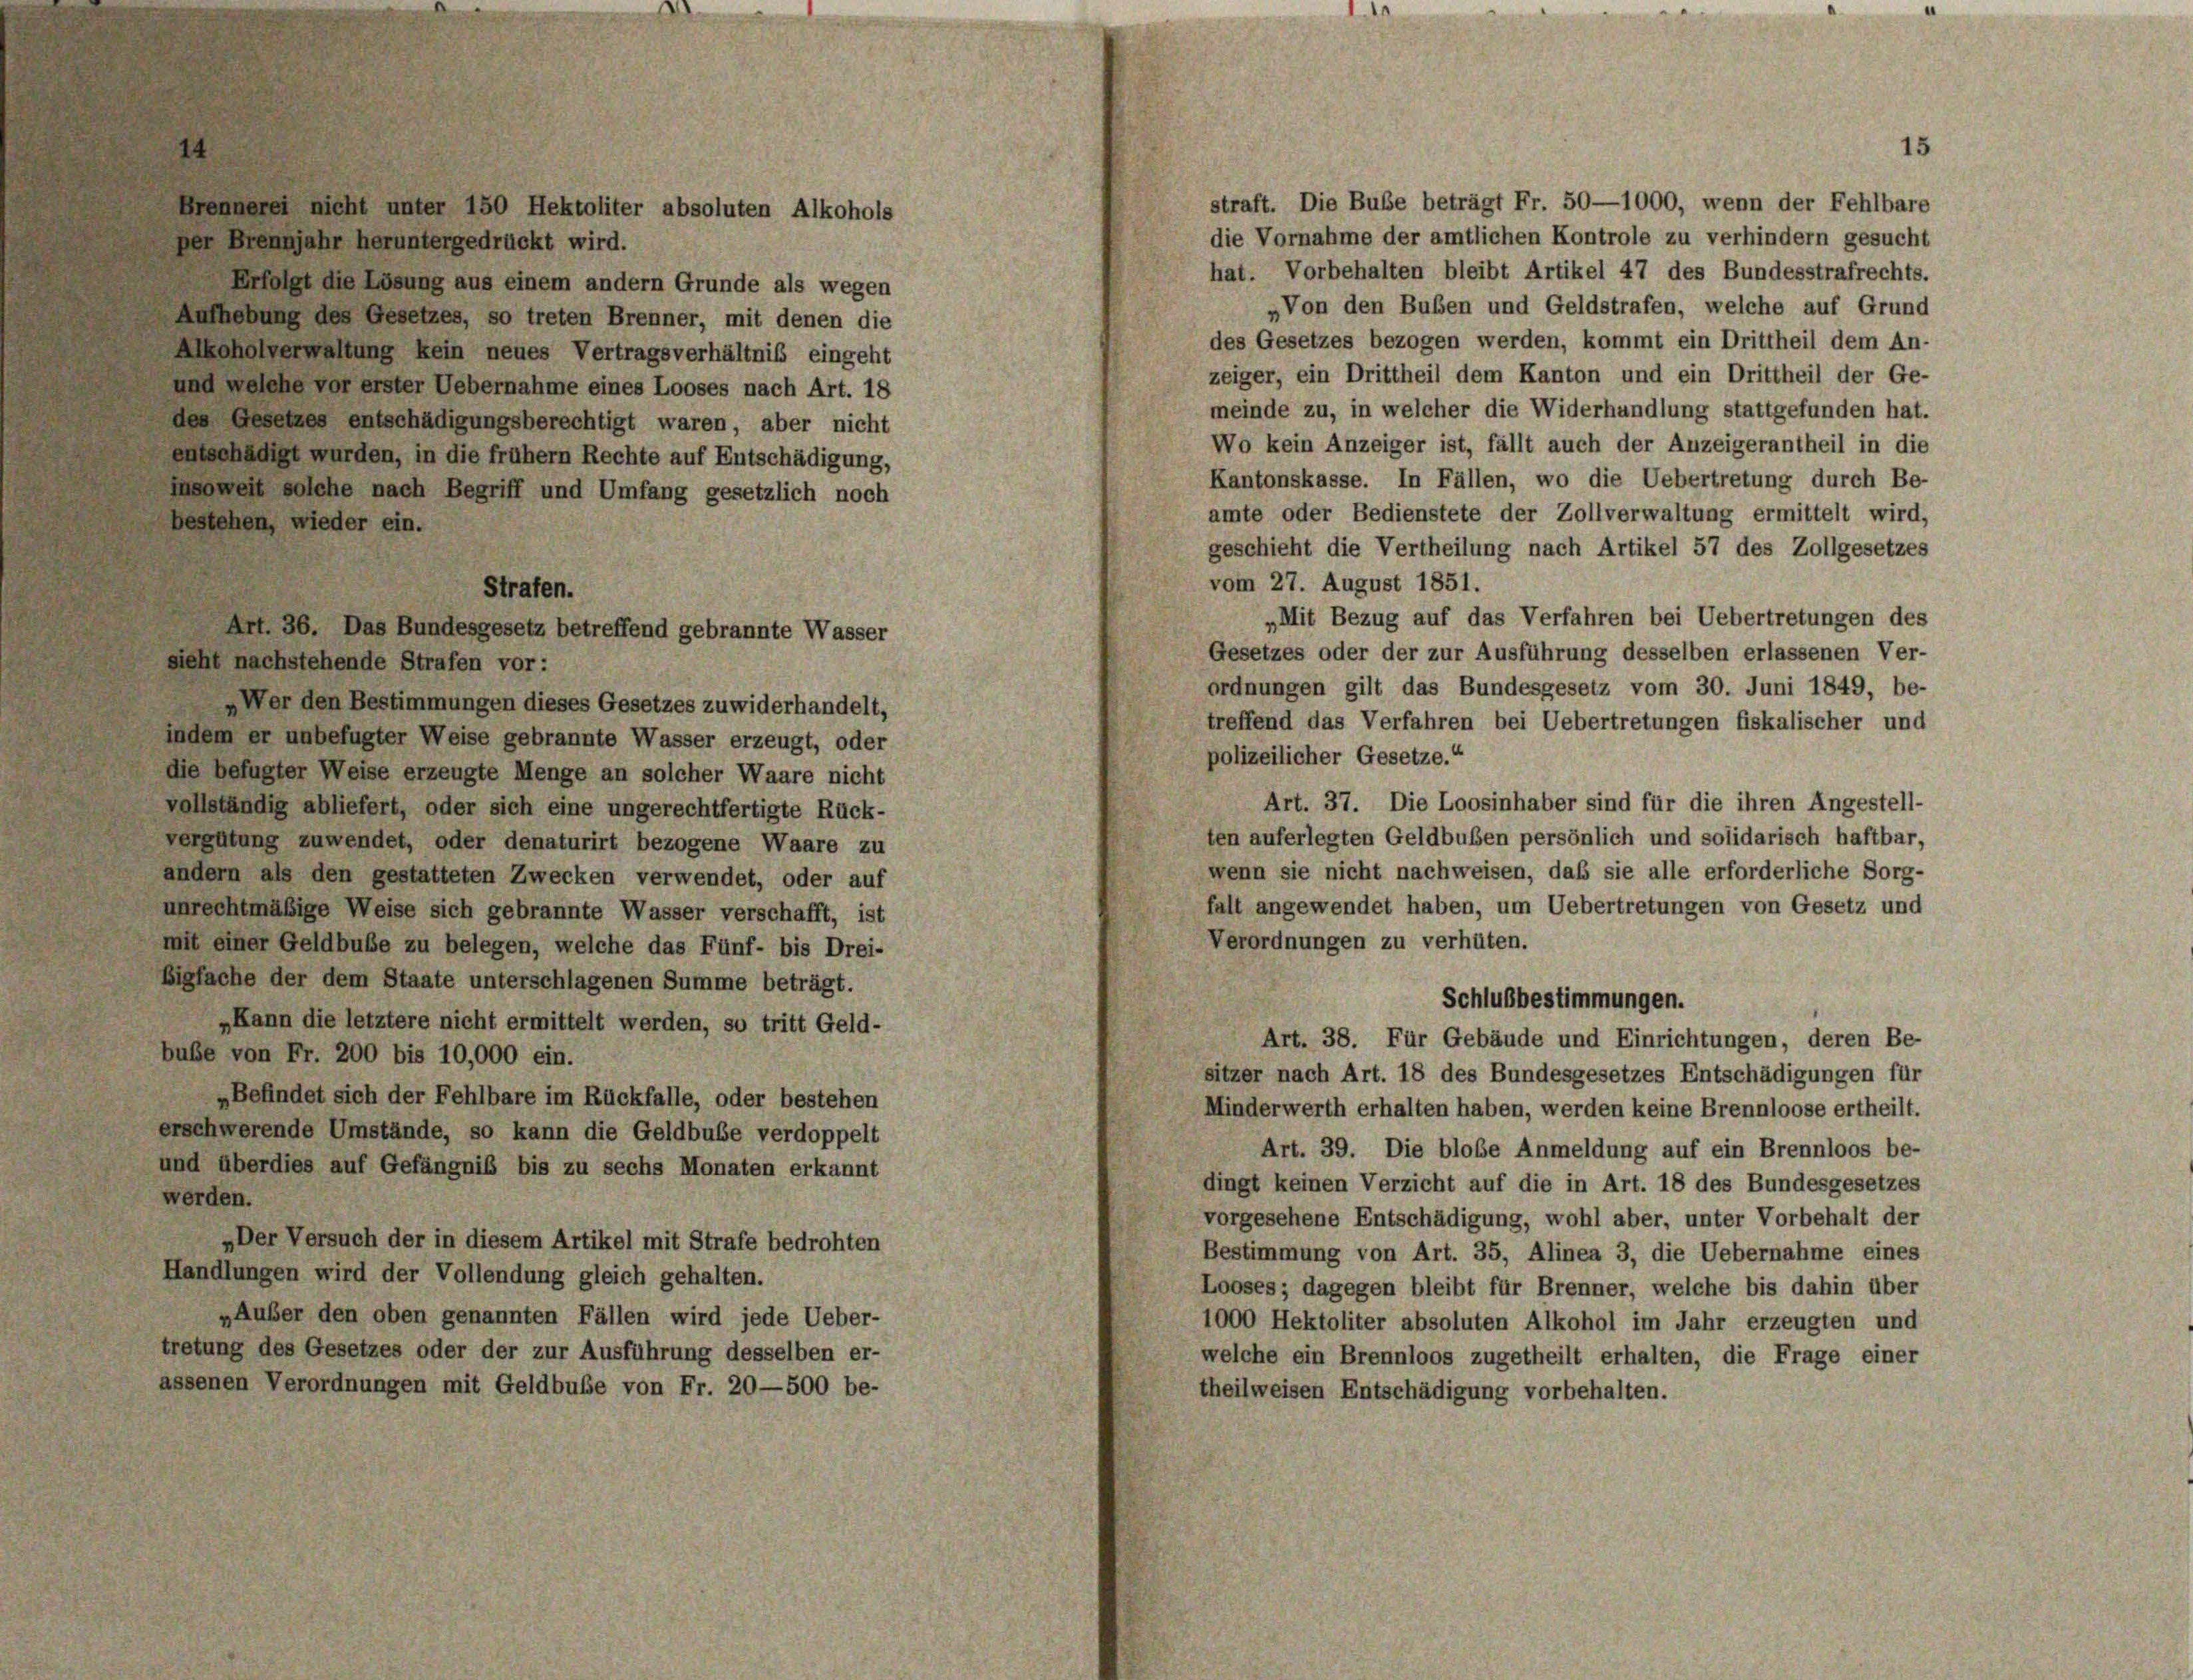
ir heruntergedrückt wird.
die Lösung aus einem andern Grunde als wegen
des Gesetzes, so treten Brenner, mit denen die
altung kein neues Vertragsverhältniß eingeht
Vor erster Uebernahme eines Looses nach Art. 18
s entschädigungsberechtigt waren, aber nicht
urden, in die frühem Rechte auf Entschädigung,
he nach Begriff und Umfang gesetzlich noch

Hektoliter absoluten Alkohols

Art. 36. Das Bundesgesetz betreffend gebrannte Wasser

„Der Versuch der in diesem Artikel mit Strafe bedrohten
Handlungen wird der Vollendung gleich gehalten.
„Außer den oben genannten Fällen wird jede Ueber-
tretung des Gesetzes oder der zur Ausführung desselben er-
assenen Verordnungen mit Geldbuße von Fr. 20—500 be-

sieht nachstehende Strafen vor:
Wer den Bestimmungen dieses Gesetzes zuwiderhandelt,
indem er unbefugter Weise gebrannte Wasser erzeugt, oder
die befugter Weise erzeugte Menge an solcher Waare nicht
vollständig abliefert, oder sich eine ungerechtfertigte Rück-
vergütung zuwendet, oder denaturirt bezogene Waare zu
andern als den gestatteten Zwecken verwendet, oder auf
unrechtmäßige Weise sich gebrannte Wasser verschafft, ist
mit einer Geldbuße zu belegen, welche das Fünf- bis Drei-
Bigfache der dem Staate unterschlagenen Summe beträgt.
„Kann die letztere nicht ermittelt werden, so tritt Geld
bube von Fr. 200 bis 10,000 ein.
„Befindet sich der Fehlbare im Rückfalle, oder bestehen
erschwerende Umstände, so kann die Geldbube verdoppelt
und überdies auf Gefängniß bis zu sechs Monaten erkannt

15

hat. Vorbehalten bleibt Artikel 47 des Bundesstrafrechts.
„Von den Buben und Geldstrafen, welche auf Grund
des Gesetzes bezogen werden, kommt ein Drittheil dem An-
zeiger, ein Drittheil dem Kanton und ein Drittheil der Ge-
meinde zu, in welcher die Widerhandlung stattgefunden hat.
Wo kein Anzeiger ist, fällt auch der Anzeigerantheil in die
Kantonskasse. In Fällen, wo die Uebertretung durch Be-
amte oder Bedienstete der Zollverwaltung ermittelt wird,
geschieht die Vertheilung nach Artikel 57 des Zollgesetzes
vom 27. August 1851.
„Mit Bezug auf das Verfahren bei Uebertretungen des
Gesetzes oder der zur Ausführung desselben erlassenen Ver-
ordnungen gilt das Bundesgesetz vom 30. Juni 1849, be-
treffend das Verfahren bei Uebertretungen fiskalischer und
polizeilicher Gesetze.“
Art. 37. Die Loosinhaber sind für die ihren Angestell-
ten auferlegten Geldbußen persönlich und solidarisch haftbar,
wenn sie nicht nachweisen, daß sie alle erforderliche Sorg-
falt angewendet haben, um Uebertretungen von Gesetz und
Verordnungen zu verhüten.
Schlußbestimmungen.
Art. 38. Für Gebäude und Einrichtungen, deren Be-
sitzer nach Art. 18 des Bundesgesetzes Entschädigungen für
Minderwerth erhalten haben, werden keine Brennloose ertheilt.
Art. 39. Die blobe Anmeldung auf ein Brennloos be-
dingt keinen Verzicht auf die in Art. 18 des Bundesgesetzes
vorgesehene Entschädigung, wohl aber, unter Vorbehalt der
Bestimmung von Art. 35, Alinea 3, die Uebernahme eines
Looses; dagegen bleibt für Brenner, welche bis dahin über
1000 Hektoliter absoluten Alkohol im Jahr erzeugten und
welche ein Brennloos zugetheilt erhalten, die Frage einer
theilweisen Entschädigung vorbehalten.

straft. Die Buße beträgt Fr. 50—1000, wenn der Fehlbare
die Vornahme der amtlichen Kontrole zu verhindern gesucht